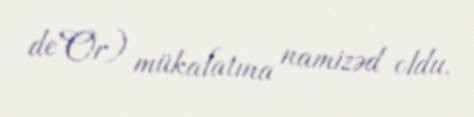
de'Or) mükafatına namizəd oldu.